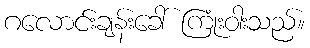
ဂလောင်းချန်းခေါ် ကြုံးဝါးသည်။